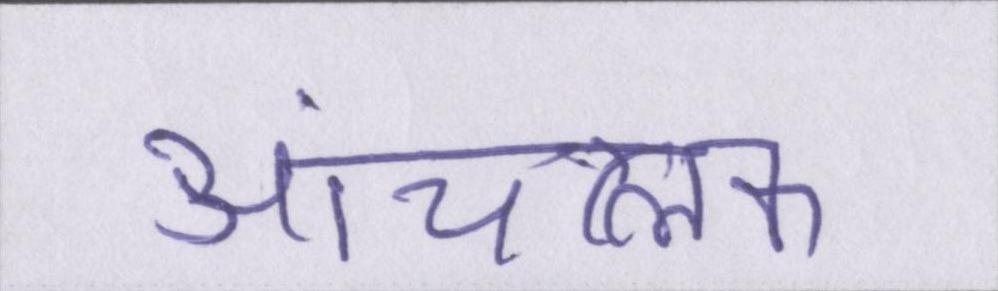
आंचलिक